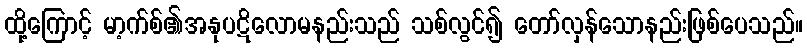
ထို့ကြောင့် မာ့က်စ်၏အနုပဋိလောမနည်းသည် သစ်လွင်၍ တော်လှန်သောနည်းဖြစ်ပေသည်။